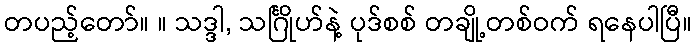
တပည့်တော်။ ။ သဒ္ဒါ, သင်္ဂြိုဟ်နဲ့ ပုဒ်စစ် တချို့တစ်ဝက် ရနေပါပြီ။